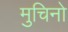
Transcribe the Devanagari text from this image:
मुचिनो